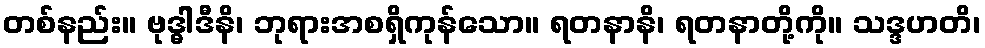
တစ်နည်း။ ဗုဒ္ဓါဒီနိ၊ ဘုရားအစရှိကုန်သော။ ရတနာနိ၊ ရတနာတို့ကို။ သဒ္ဒဟတိ၊